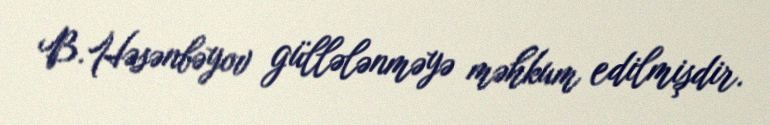
B.Həsənbəyov güllələnməyə məhkum edilmişdir.